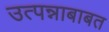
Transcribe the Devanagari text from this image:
उत्पन्नाबाबत